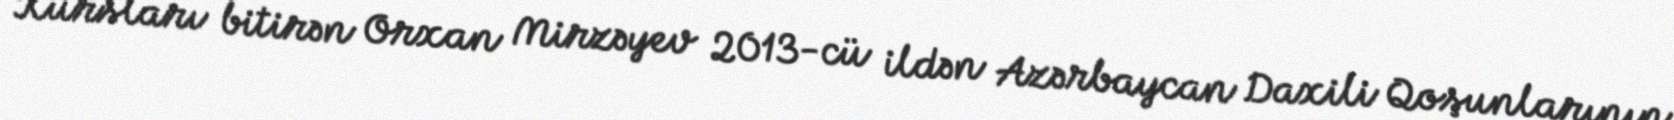
Kursları bitirən Orxan Mirzəyev 2013-cü ildən Azərbaycan Daxili Qoşunlarının